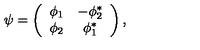
\psi = \left( \begin{array} { c c } { \phi _ { 1 } } & { - \phi _ { 2 } ^ { * } } \\ { \phi _ { 2 } } & { \phi _ { 1 } ^ { * } } \\ \end{array} \right) ,